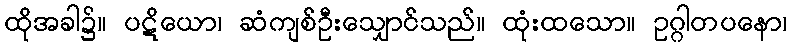
ထိုအခါ၌။ ပဋိယော၊ ဆံကျစ်ဦးသျှောင်သည်။ ထုံးထသော။ ဥဂ္ဂါတပနော၊